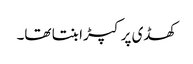
کھڈی پر کپڑا بنتا تھا۔